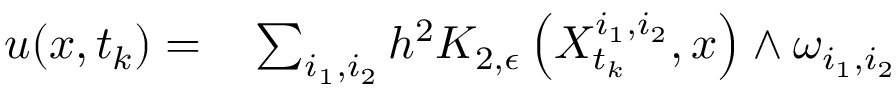
\begin{array} { r l } { u ( x , t _ { k } ) = } & { { } \sum _ { i _ { 1 } , i _ { 2 } } h ^ { 2 } K _ { 2 , \epsilon } \left( X _ { t _ { k } } ^ { i _ { 1 } , i _ { 2 } } , x \right) \wedge \omega _ { i _ { 1 } , i _ { 2 } } } \end{array}